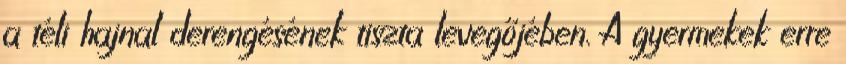
a téli hajnal derengésének tiszta levegőjében. A gyermekek erre